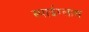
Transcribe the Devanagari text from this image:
स्पाईग्लास